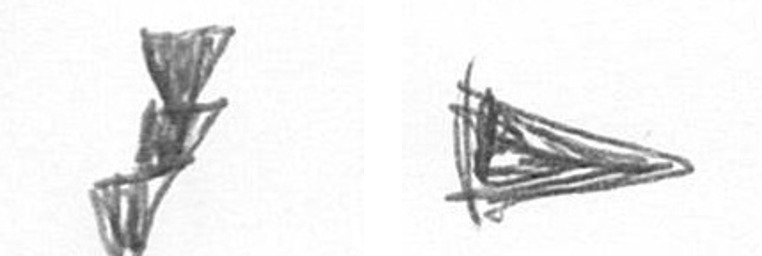
E T